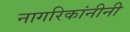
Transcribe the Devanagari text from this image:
नागरिकांनीनी